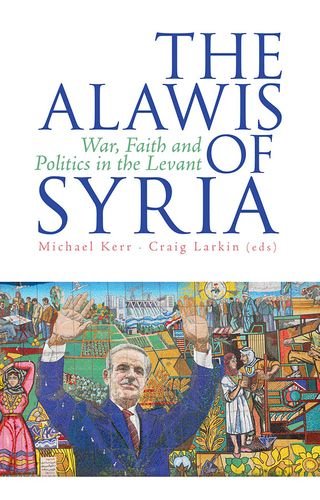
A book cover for The 'Alawis of Syria: War, Faith and Politics in the Levant; Religion & Spirituality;